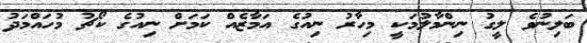
ބަލިނުވެ ލީގު ނިންމާލުމަކީ މިހާރު ނިއުގެ އަމާޒެއް ކަމަށް ނިއުގެ ކޯޗު މުހައްމަދު